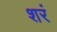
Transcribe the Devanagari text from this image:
शरं